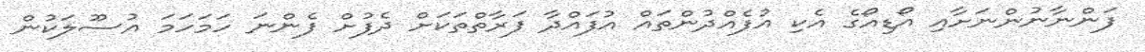
ފަންނާނުންނަށާއި އޯޑިއޯގެ އެކި އުފެއްދުންތައް އުފައްދާ ފަރާތްތަކަށް ދެފުށް ފެންނަ ހަމަހަމަ އުސޫލަކުން